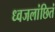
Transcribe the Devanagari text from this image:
ध्वजलांछितं